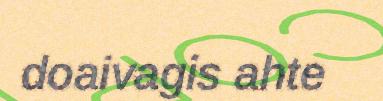
doaivagis ahte